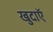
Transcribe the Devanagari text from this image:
खुदाएॅ